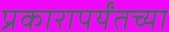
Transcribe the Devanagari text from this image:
प्रकारापर्यंतच्या